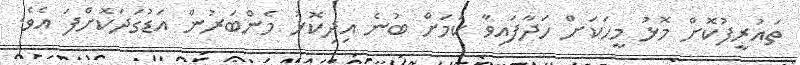
ތައުރީފުކޮށް މޮޅު މީހަކަށް ހަދާފައިވާ ކަމަށް ބުނެ އިދިކޮޅު މެންބަރުން އަޑުގަދަކޮށްފަ އެވެ.